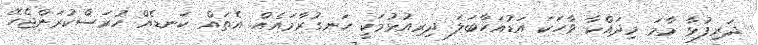
ދަރިފުޅާ މާމަ މިދައްކާ ވާހަކަ އަޑުއަހާބަލަ ދިރިއުޅުމަކީ ހަނގުރާމައެއް. އެތައް ކަނޑެއް ހުރަސްކުރަންޖެހޭ